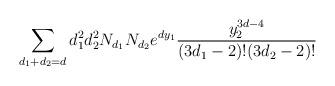
LaTeX: \begin{align*}\sum_{d_1 + d_2 = d} d_1^2d_2^2 N_{d_1}N_{d_2} e^{dy_1} \frac{y_2^{3d-4}}{(3d_1 - 2)!(3d_2-2)!}\end{align*}